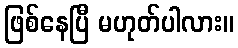
ဖြစ်နေပြီ မဟုတ်ပါလား။